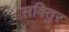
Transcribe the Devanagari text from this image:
सवितुर